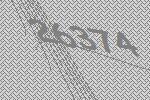
26374